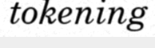
tokening